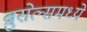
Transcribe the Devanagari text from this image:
ब्रुसेल्समध्ये